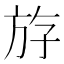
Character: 斿